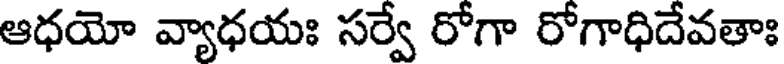
ఆధయో వ్యాధయః సర్వే రోగా రోగాధిదేవతాః